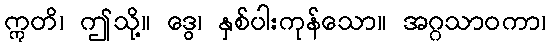
ဣတိ၊ ဤသို့။ ဒွေ၊ နှစ်ပါးကုန်သော။ အဂ္ဂသာဝကာ၊